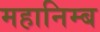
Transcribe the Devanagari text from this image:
महानिम्ब